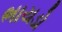
ભાયડો